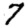
Digit: 7